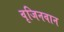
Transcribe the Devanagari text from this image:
वृजिनवान